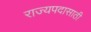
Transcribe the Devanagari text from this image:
राज्यपदासाठी